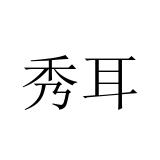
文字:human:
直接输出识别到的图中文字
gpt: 秀耳